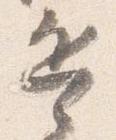
兵